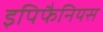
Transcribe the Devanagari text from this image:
इपिफैनियस